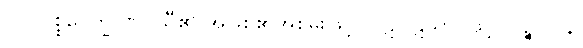
လ။ ပစ္စဝေက္ခ ဏဝသီ၏ အဖြစ်၏အစွမ်းဖြင့်။ ပဋိပါဋိယာ၊ ဖြင့်။ ပဉ္စပဒါနိ၊